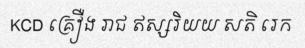
KCD គ្រឿង រាជ ឥស្សរិយយ សតិ រេក